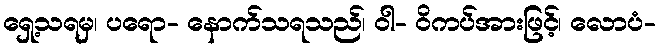
ရှေ့သရမှ၊ ပရော- နောက်သရသည်၊ ဝါ- ဝိကပ်အားဖြင့်၊ လောပံ-